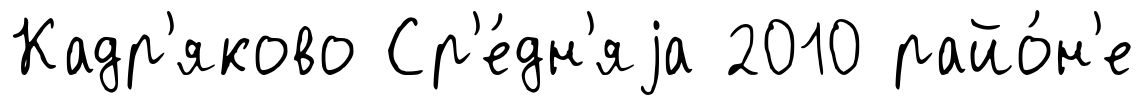
Кадр'яково Ср'е́дн'яjа 2010 райо́н'е